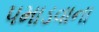
પમાડવાના